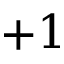
+ 1